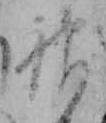
神